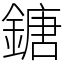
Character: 鎕